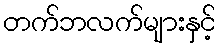
တက်ဘလက်များနှင့်